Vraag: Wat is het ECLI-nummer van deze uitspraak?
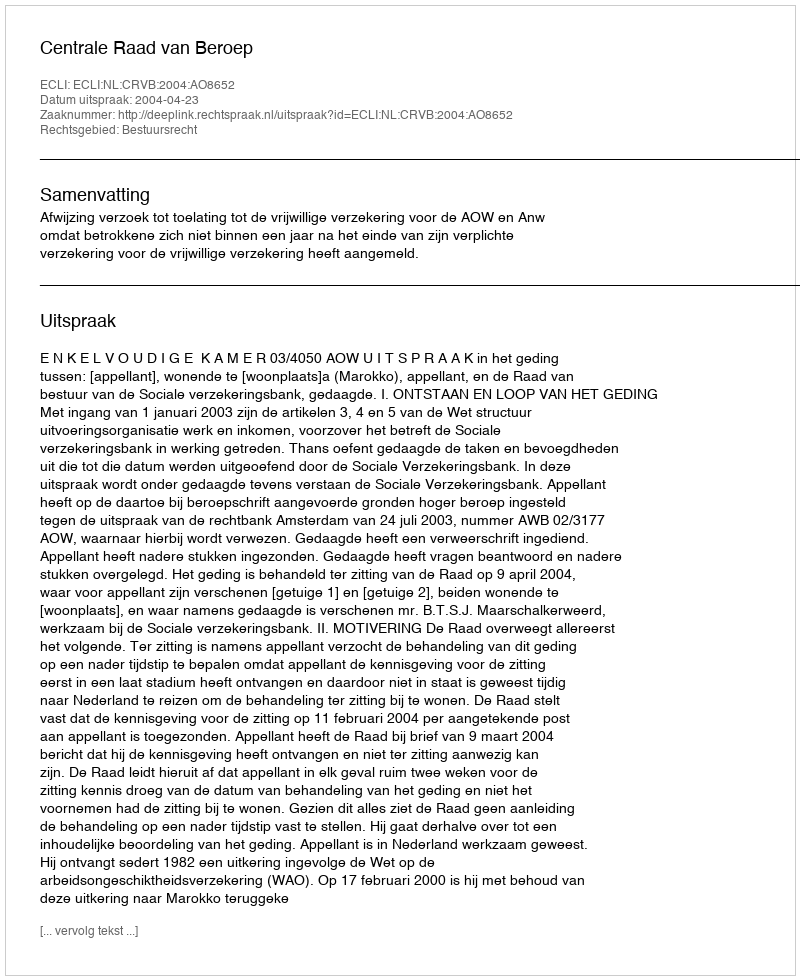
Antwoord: ECLI:NL:CRVB:2004:AO8652